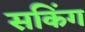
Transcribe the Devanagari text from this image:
सकिंग